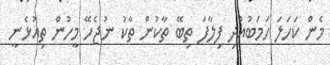
މެން ކަހަލަ ހަމަބުއްދި ފިލާފަ ތިބޭ ތާކުން ތާކު ނުޖެހޭ މީހުން ތިއުޅެނީ